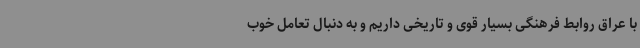
با عراق روابط فرهنگی بسیار قوی و تاریخی داریم و به دنبال تعامل خوب